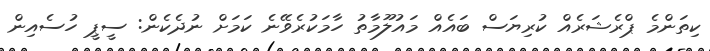
ކިތަންމެ ޕްރެޝަރެއް ކުރިޔަސް ބައެއް މައުލޫމާތު ހާމަކުރެވޭނެ ކަމަށް ނުދެކެން: ސީޕީ ހުސެއިން